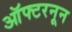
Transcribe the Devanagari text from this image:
ऑफ्टरनून